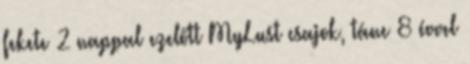
fekete 2 nappal ezelőtt MyLust csajok, tánc 8 évvel